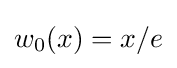
w_{0}(x)=x/e